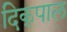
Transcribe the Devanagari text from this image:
दिक्‌पाल